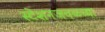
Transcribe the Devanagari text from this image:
स्टेशनजवळच्या